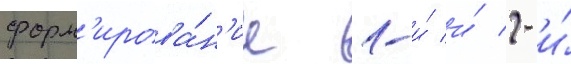
форм'ирова́н'ие 1-и́ и́ 2-и́